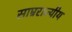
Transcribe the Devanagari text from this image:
साम्रराज्यीय